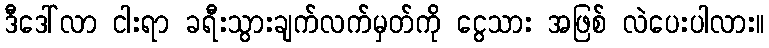
ဒီဒေါ်လာ ငါးရာ ခရီးသွားချက်လက်မှတ်ကို ငွေသား အဖြစ် လဲပေးပါလား။